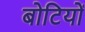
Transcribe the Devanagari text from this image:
बोटियों